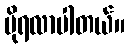
ပိုရလာပါတယ်။